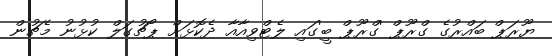
ޔޫރަޕް ބައްރުގެ ގްރޫޕް 'ގްރޫޕް ބީ'ގައި ލެޓްވިއާއާ ދެކޮޅަށް ޕޯޗުގަލް ކުޅުނު މެޗުން